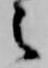
之